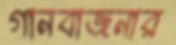
গানবাজনার